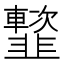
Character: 𩐑